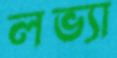
লভ্যা